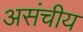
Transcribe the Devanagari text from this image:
असंचीय